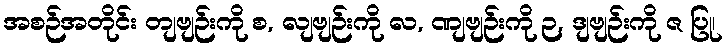
အစဉ်အတိုင်း တျဗျဉ်းကို စ, လျဗျဉ်းကို လ, ဏျဗျဉ်းကို ဉ, ဒျဗျဉ်းကို ဇ ပြု၊